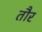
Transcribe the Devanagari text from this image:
तौर